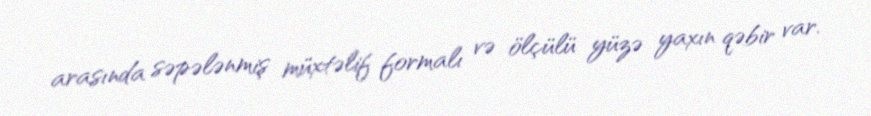
arasında səpələnmiş müxtəlif formalı və ölçülü yüzə yaxın qəbir var.